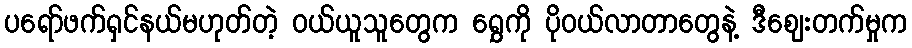
ပရော်ဖက်ရှင်နယ်မဟုတ်တဲ့ ဝယ်ယူသူတွေက ရွှေကို ပိုဝယ်လာတာတွေနဲ့ ဒီဈေးတက်မှုက